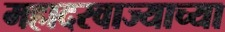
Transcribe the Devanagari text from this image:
महादरवाज्याच्या